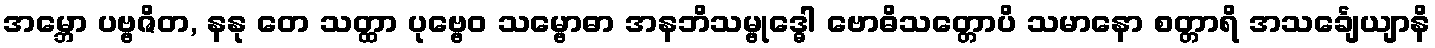
အမ္ဘော ပဗ္ဗဇိတ, နနု တေ သတ္ထာ ပုဗ္ဗေဝ သမ္ဗောဓာ အနဘိသမ္ဗုဒ္ဓေါ ဗောဓိသတ္တောပိ သမာနော စတ္တာရိ အသင်္ချေယျာနိ